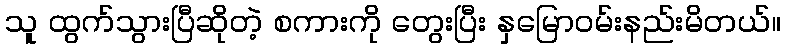
သူ ထွက်သွားပြီဆိုတဲ့ စကားကို တွေးပြီး နှမြောဝမ်းနည်းမိတယ်။